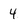
Character: 4